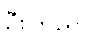
ဦးကြည်